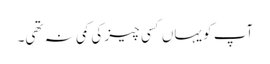
آپ کو یہاں کسی چیز کی کمی نہ تھی۔